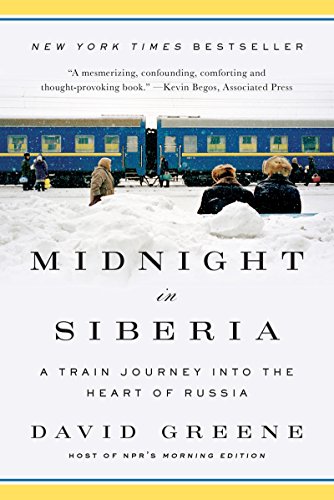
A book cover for Midnight in Siberia: A Train Journey into the Heart of Russia; David Greene; Travel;